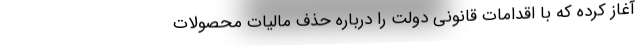
آغاز کرده که با اقدامات قانونی دولت را درباره حذف مالیات محصولات